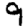
Digit: 9